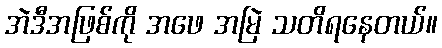
အဲဒီအဖြစ်ကို အဖေ အမြဲ သတိရနေတယ်။